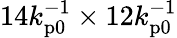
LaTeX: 14k_{\mathrm{p0}}^{-1}\times 12k_{\mathrm{p0}}^{-1}